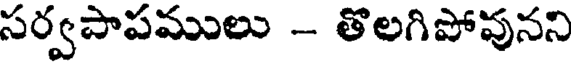
సర్వపాపములు -- తొలగిపోవునని